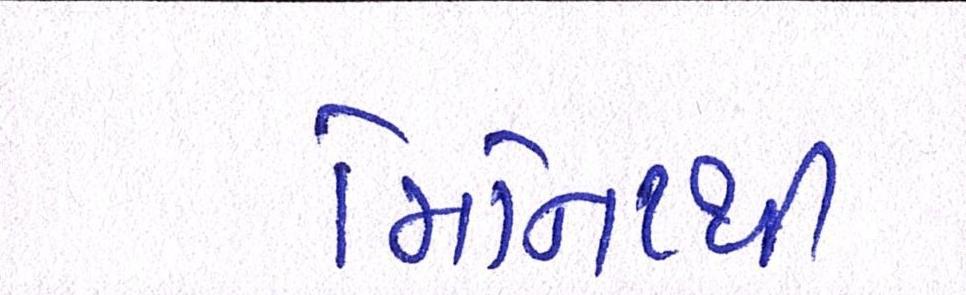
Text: મિનિટથી